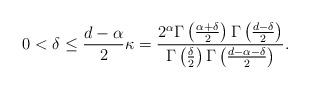
LaTeX: \begin{align*} 0 < \delta \leq \frac{d-\alpha}{2} \kappa = \frac{2^\alpha \Gamma\left(\frac{\alpha+\delta}{2}\right) \Gamma\left(\frac{d-\delta}{2}\right)}{\Gamma\left(\frac{\delta}{2}\right)\Gamma\left(\frac{d-\alpha-\delta}{2}\right)}.\end{align*}